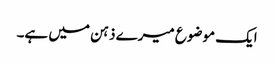
ایک موضوع میرے ذہن میں ہے۔